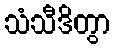
သံသီဒိတွာ